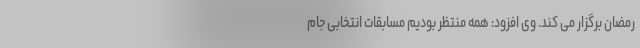
رمضان برگزار می کند. وی افزود: همه منتظر بودیم مسابقات انتخابی جام